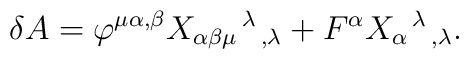
\delta A = \varphi^{\mu\alpha ,\beta} X_{\alpha\beta\mu}{}^{\,\lambda}{}_{\,,\lambda} + F^{\alpha} X_{\alpha}{}^{\,\lambda}{}_{\, ,\lambda}.